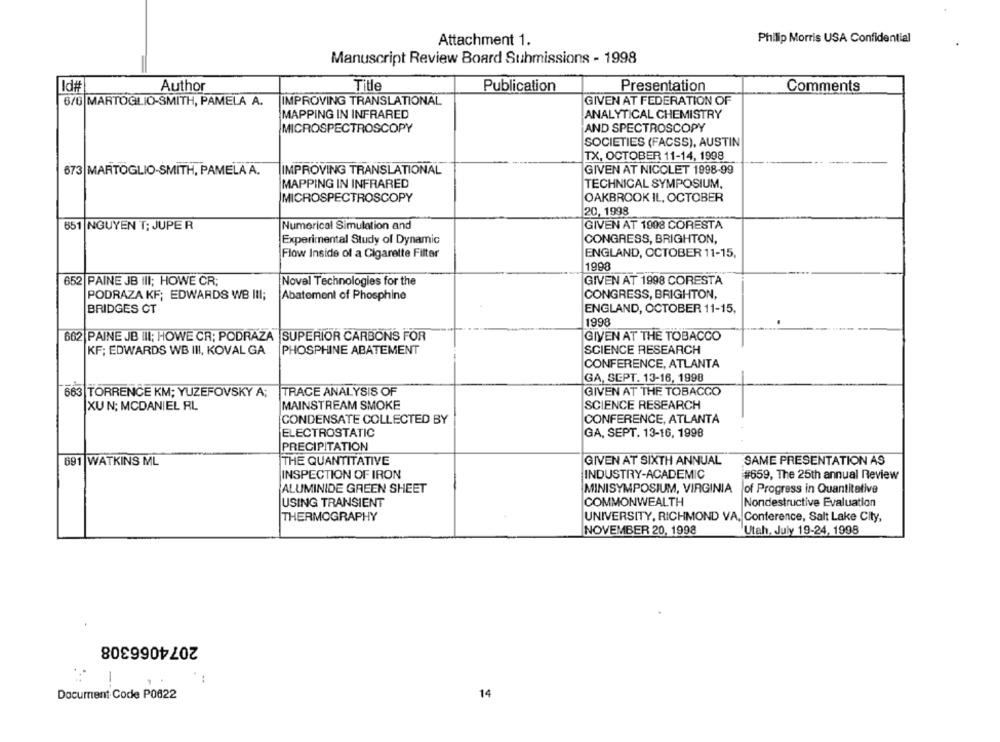
Attachment 1.
Philip Morris USA Confidential
Manuscript Review Board Submissions - 1998
Id#
Author
Title
Publication
Presentation
Comments
8/6 MARTOGLIO-SMITH, PAMELA A.
IMPROVING TRANSLATIONAL
GIVEN AT FEDERATION OF
MAPPING IN INFRARED
ANALYTICAL CHEMISTRY
MICROSPECTROSCOPY
AND SPECTROSCOPY
SOCIETIES (FACSS), AUSTIN
TX, OCTOBER 11-14, 1998
673 MARTOGLIO-SMITH, PAMELA A.
IMPROVING TRANSLATIONAL
GIVEN AT NICOLET 1998-99
MAPPING IN INFRARED
TECHNICAL SYMPOSIUM.
MICROSPECTROSCOPY
OAKBROOK IL, OCTOBER
20, 1998
851 |NGUYEN T: JUPE R
Numerical Simulation and
GIVEN AT 1908 CORESTA
Experimental Study of Dynamic
CONGRESS, BRIGHTON,
ENGLAND, OCTOBER 11-15,
Flow Inside of a Cigarette Filter
1998
652 PAINE JB IlI; HOWE CR;
Novel Technologies for the
GIVEN AT 1998 CORESTA
PODRAZA KF; EDWARDS WB III;
Abatement of Phosphine
CONGRESS, BRIGHTON,
BRIDGES CT
ENGLAND, OCTOBER 11-15,
1998
662 PAINE JB III; HOWE CR; PODRAZA |SUPERIOR CARBONS FOR
GIVEN AT THE TOBACCO
KF; EDWARDS WB III, KOVAL GA
PHOSPHINE ABATEMENT
SCIENCE RESEARCH
CONFERENCE, ATLANTA
GA, SEPT. 13-16, 1998
663 TORRENCE KM; YUZEFOVSKY A;
TRACE ANALYSIS OF
GIVEN AT THE TOBACCO
|XU N; MCDANIEL RL
MAINSTREAM SMOKE
SCIENCE RESEARCH
CONDENSATE COLLECTED BY
CONFERENCE, ATLANTA
ELECTROSTATIC
GA, SEPT. 13-16, 1998
PRECIPITATION
GIVEN AT SIXTH ANNUAL
SAME PRESENTATION AS
691 WATKINS ML
THE QUANTITATIVE
INDUSTRY-ACADEMIC
#659, The 25th annual Review
INSPECTION OF IRON
ALUMINIDE GREEN SHEET
MINISYMPOSIUM, VIRGINIA
of Progress in Quantitative
USING TRANSIENT
COMMONWEALTH
Nondestructive Evaluation
THERMOGRAPHY
UNIVERSITY, RICHMOND VA. Conference, Salt Lake City,
NOVEMBER 20, 1998
Utah, July 19-24, 1998
2074066308
-
Docurrent Code P0622
14